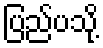
ပြည်ပသို့